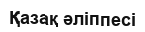
Қазақ әліппесі